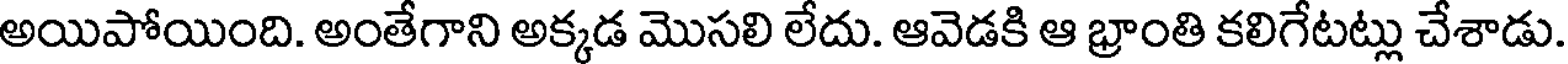
అయిపోయింది. అంతేగాని అక్కడ మొసలి లేదు. ఆవెడకి ఆ భ్రాంతి కలిగేటట్లు చేశాడు.